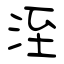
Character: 洷